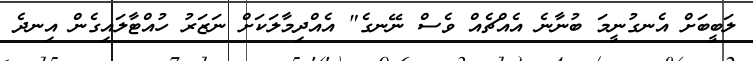
ލަބީބަށް އެނގުނީމަ ބުނާނެ އެއްޗެއް ވެސް ނޭނގެ" އެއްދިމާލަކަށް ނަޒަރު ހުއްޓާލައިގެން އިނދެ